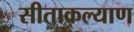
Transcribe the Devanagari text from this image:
सीताकल्याण